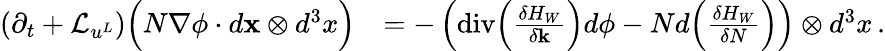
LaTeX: \begin{array}{rl}{(\partial_{t}+\mathcal{L}_{u^{L}})\Big(N\nabla\phi\cdot d{\mathbf{x}}\otimes d^{3}x\Big)}&{=-\left(\mathrm{div}\Big(\frac{\delta H_{W}}{\delta{\mathbf{k}}}\Big)d\phi-Nd\Big(\frac{\delta H_{W}}{\delta N}\Big)\right)\otimes d^{3}x\, .}\end{array}